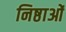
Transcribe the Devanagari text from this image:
निष्ठाओं